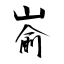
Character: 嵛